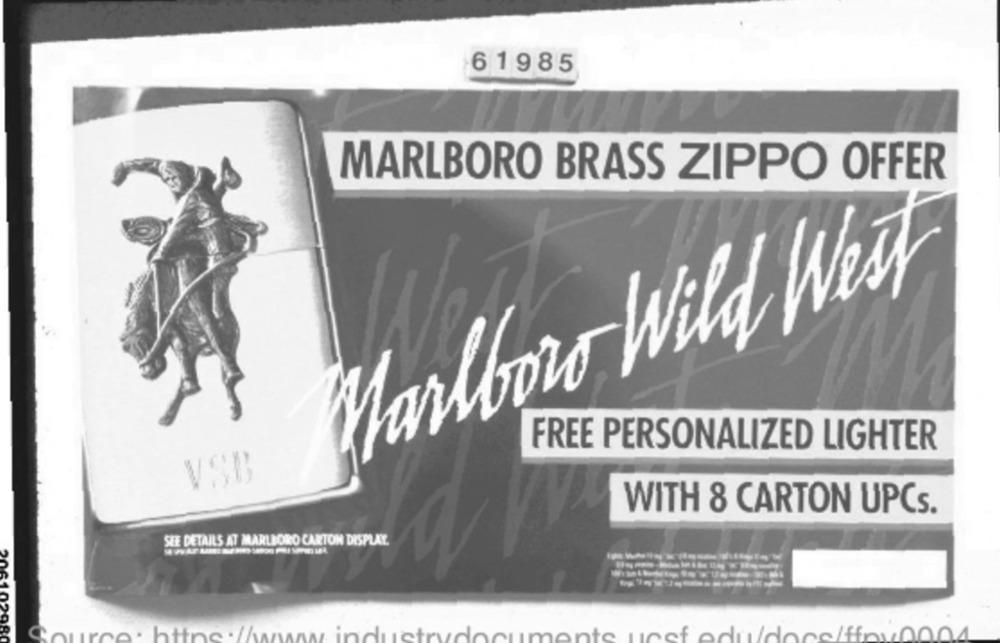
61985
MARLBORO BRASS ZIPPO OFFER
Marlboro Wild West
FREE PERSONALIZED LIGHTER
VSB
WITH 8 CARTON UPCs.
SEE DETAILS AT MARLBORO CARTON DISPLAY.
----
6102980
Source.https://www.industrydocuments unefedudonoiffew0004